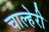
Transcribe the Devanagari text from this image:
चाल्हेरी